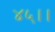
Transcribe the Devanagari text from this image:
४५।।